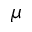
\mu